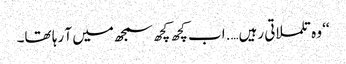
‘‘ وہ تلملاتی رہیں….اب کچھ کچھ سمجھ میں آ رہا تھا۔